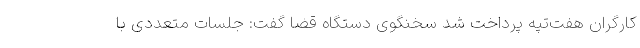
کارگران هفت‌تپه پرداخت شد سخنگوی دستگاه قضا گفت: جلسات متعددی با